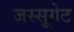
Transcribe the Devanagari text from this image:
जस्सूगेट